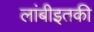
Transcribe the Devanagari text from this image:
लांबीइतकी